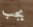
يجب